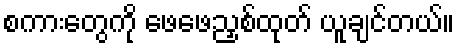
စကားတွေကို ဖေဖေညှစ်ထုတ် ယူချင်တယ်။